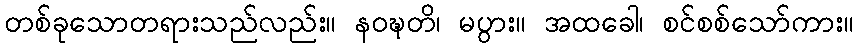
တစ်ခုသောတရားသည်လည်း။ နဝဍ္ဎတိ၊ မပွား။ အထခေါ၊ စင်စစ်သော်ကား။